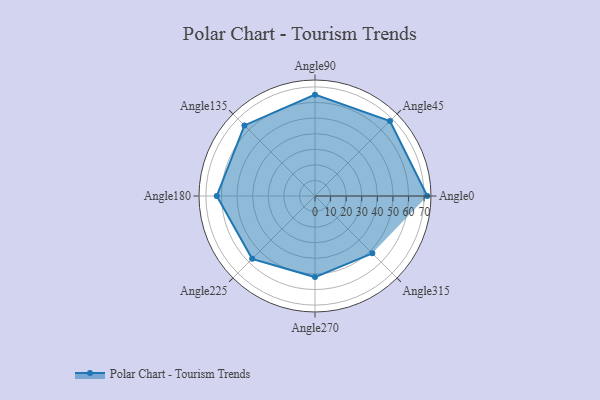
{"axis": {"x": "Angle", "y": "Radius"}, "legend": [""], "data": [{"x": "Angle0", "y": 72.0, "type": ""}, {"x": "Angle45", "y": 68.0, "type": ""}, {"x": "Angle90", "y": 65.0, "type": ""}, {"x": "Angle135", "y": 64.0, "type": ""}, {"x": "Angle180", "y": 63.0, "type": ""}, {"x": "Angle225", "y": 57.0, "type": ""}, {"x": "Angle270", "y": 52.0, "type": ""}, {"x": "Angle315", "y": 52.0, "type": ""}]}